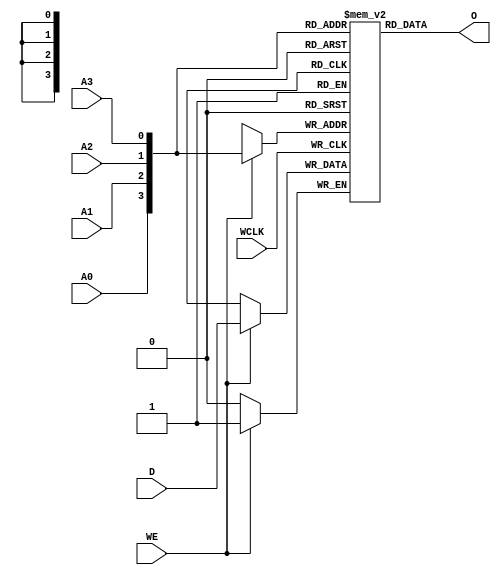
/***************************************************************************
 *                                                                         *
 *   RAM16X1S.v - Emulates the functionality of the Xilinx primitive of the*
 *     same name. This a really poor partial implementation so do not use  *
 *     as it is only designed to do some very basic things.                *
 *                                                                         *
 *   Copyright (C) 2008 by Patrick Suggate                                 *
 *   patrick@physics.otago.ac.nz                                           *
 *                                                                         *
 *   This program is free software; you can redistribute it and/or modify  *
 *   it under the terms of the GNU General Public License as published by  *
 *   the Free Software Foundation; either version 2 of the License, or     *
 *   (at your option) any later version.                                   *
 *                                                                         *
 *   This program is distributed in the hope that it will be useful,       *
 *   but WITHOUT ANY WARRANTY; without even the implied warranty of        *
 *   MERCHANTABILITY or FITNESS FOR A PARTICULAR PURPOSE.  See the         *
 *   GNU General Public License for more details.                          *
 *                                                                         *
 *   You should have received a copy of the GNU General Public License     *
 *   along with this program; if not, write to the                         *
 *   Free Software Foundation, Inc.,                                       *
 *   59 Temple Place - Suite 330, Boston, MA  02111-1307, USA.             *
 ***************************************************************************/

`timescale 1ns / 100ps
module RAM16X1S(
	input	D,
	input	WE,
	input	WCLK,
	input	A0,
	input	A1,
	input	A2,
	input	A3,
	output	O
);

reg		dat	[15:0];
wire	[3:0]	addr	= {A0, A1, A2, A3};

assign	O	= dat[addr];

// Write incoming data to the RAM.
always @(posedge WCLK)
	if (WE)	dat[addr]	<= D;

integer	ii;
initial begin : Init
	for (ii=0; ii<16; ii=ii+1)
		dat[ii]	= 0;
end	// Init

endmodule	// RAM16X1S